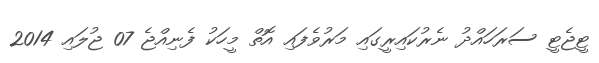
ޓީޖެޓީ ސަރަހައްދު ނެރުކައިރީގައި މަރުވެފައި އޮތް މީހަކު ފެނިއްޖެ 07 ޖުލައި 2014